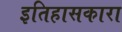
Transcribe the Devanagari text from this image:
इतिहासकारा